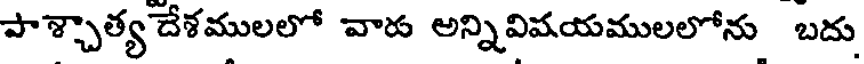
పాశ్చాత్య దేశములలో వారు అన్నివిషయములలోను బదు